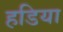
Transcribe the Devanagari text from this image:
हडिया